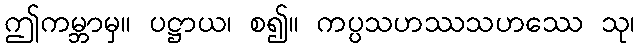
ဤကမ္ဘာမှ။ ပဋ္ဌာယ၊ စ၍။ ကပ္ပသဟဿသဟဿေ သု၊